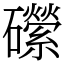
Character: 礯